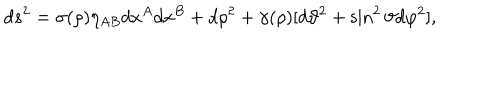
d s ^ { 2 } = \sigma ( \rho ) \eta _ { A B } d x ^ { A } d x ^ { B } + d \rho ^ { 2 } + \gamma ( \rho ) [ d \vartheta ^ { 2 } + \sin ^ { 2 } { \vartheta } d \varphi ^ { 2 } ] ,